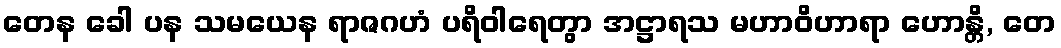
တေန ခေါ ပန သမယေန ရာဇဂဟံ ပရိဝါရေတွာ အဋ္ဌာရသ မဟာဝိဟာရာ ဟောန္တိ, တေ